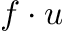
f \cdot u